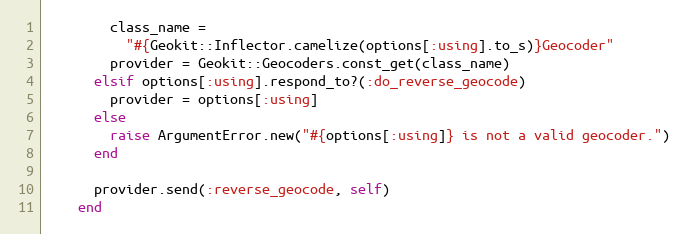
Language: Ruby
        class_name =
          "#{Geokit::Inflector.camelize(options[:using].to_s)}Geocoder"
        provider = Geokit::Geocoders.const_get(class_name)
      elsif options[:using].respond_to?(:do_reverse_geocode)
        provider = options[:using]
      else
        raise ArgumentError.new("#{options[:using]} is not a valid geocoder.")
      end

      provider.send(:reverse_geocode, self)
    end